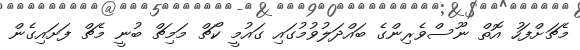
މެޗަށްފަހު އޮތް ނޫސްވެރިންގެ ބައްދަލުވުމުގައި ގައުމީ ކޯޗް މަމިޗް ބުނީ މެޗް ފަށައިގެން